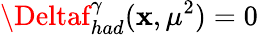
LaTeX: \Deltaf_{had}^{\gamma}(\mathbf{x},\mu^{2})=0